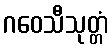
ဂဝေသီသုတ္တံ